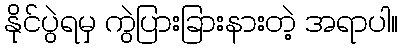
နိုင်ပွဲရမှ ကွဲပြားခြားနားတဲ့ အရာပါ။